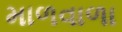
માળવાળા